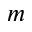
m